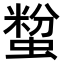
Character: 𧏟